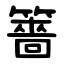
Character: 䉢